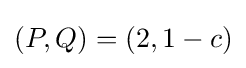
(P,Q)=(2,1-c)